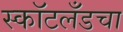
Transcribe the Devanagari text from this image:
स्कॉटलँडचा